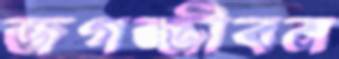
জগজ্জীবন